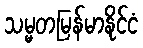
သမ္မတမြန်မာနိုင်ငံ